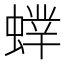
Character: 𧎲